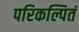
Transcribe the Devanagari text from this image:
परिकल्पितं